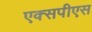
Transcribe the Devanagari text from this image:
एक्सपीएस